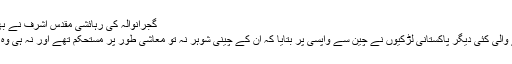
گجرانوالہ کی رہائشی مقدس اشرف نے بھی چینی لڑکے سے شادی کی
چینی لڑکوں سے شادی کرنے والی کئی دیگر پاکستانی لڑکیوں نے چین سے واپسی پر بتایا کہ اُن کے چینی شوہر نہ تو معاشی طور پر مستحکم تھے اور نہ ہی وہ بڑے شہروں میں رہتے تھے۔